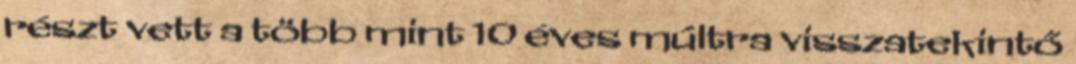
részt vett a több mint 10 éves múltra visszatekintő